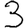
Digit: 3